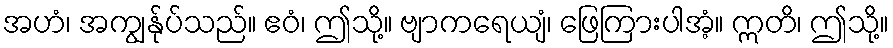
အဟံ၊ အကျွန်ုပ်သည်။ ဧဝံ၊ ဤသို့။ ဗျာကရေယျံ၊ ဖြေကြားပါအံ့။ ဣတိ၊ ဤသို့။